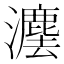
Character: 𱪄